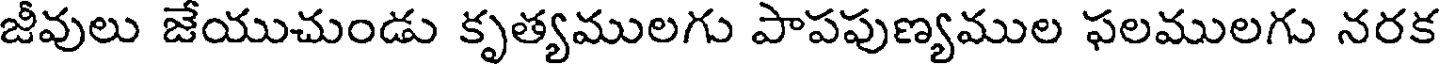
జీవులు జేయుచుండు కృత్యములగు పాపపుణ్యముల ఫలములగు నరక